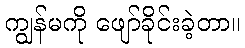
ကျွန်မကို ဖျော်ခိုင်းခဲ့တာ။